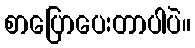
စာပြောပေးတာပါပဲ။